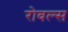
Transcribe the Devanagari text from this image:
रोबल्स